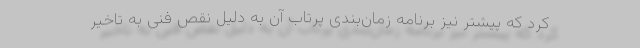
کرد که پیشتر نیز برنامه زمان‌بندی پرتاب آن به دلیل نقص فنی به تاخیر